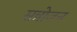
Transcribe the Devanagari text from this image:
सन्नोजन